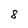
Character: 8